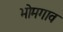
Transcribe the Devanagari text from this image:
भोमगाव